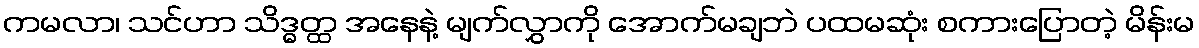
ကမလာ၊ သင်ဟာ သိဒ္ဓတ္ထ အနေနဲ့ မျက်လွှာကို အောက်မချဘဲ ပထမဆုံး စကားပြောတဲ့ မိန်းမ